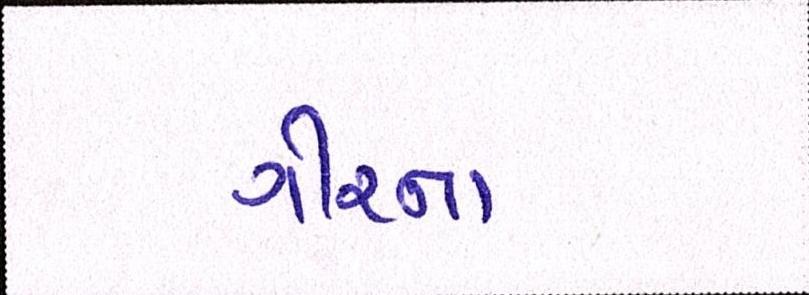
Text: ગીરના